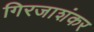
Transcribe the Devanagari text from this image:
गिरजाशंकर